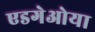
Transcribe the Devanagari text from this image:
एडगेओया